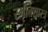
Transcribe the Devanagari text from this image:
स्मृतिशास्त्र